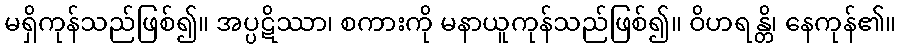
မရှိကုန်သည်ဖြစ်၍။ အပ္ပဋိဿာ၊ စကားကို မနာယူကုန်သည်ဖြစ်၍။ ဝိဟရန္တိ၊ နေကုန်၏။